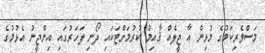
މަސްވެރިކަމުގެ މުޅިން އާ ޖީލެއް ޤާއިމު ކުރުމަށްޓަކައި ދޯނި ފަހަރުގައި އިންޖީނު އެޅުމުގެ